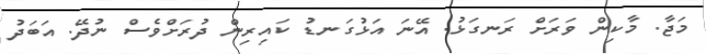
މަޖާ. މާކިން ވަރަށް ރަނގަޅު. އޭނަ އަޅުގަނޑު ކައިރިން ދުރަށްވެސް ނުދޭ. އަބަދު